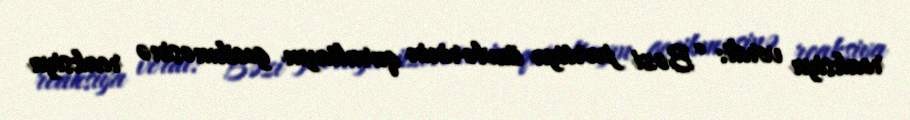
reaksiya verdi: “Bəzi partiya üzvlərinin qurultayın gecikməsinə reaksiya